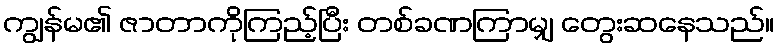
ကျွန်မ၏ ဇာတာကိုကြည့်ပြီး တစ်ခဏကြာမျှ တွေးဆနေသည်။